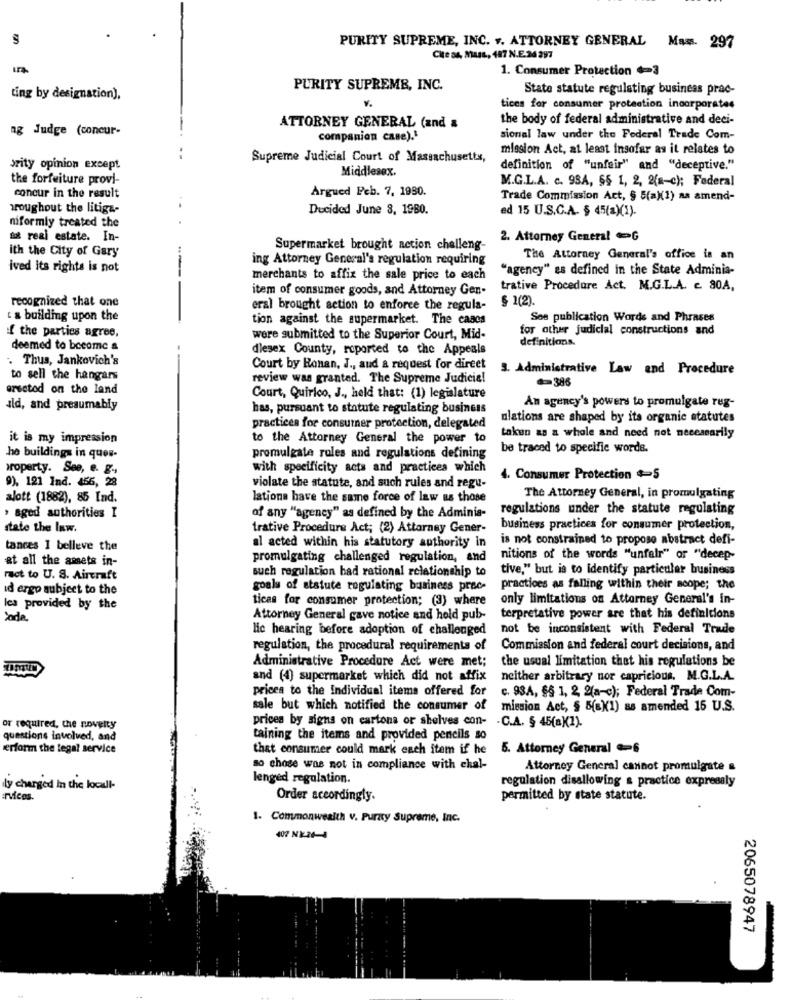
PURITY SUPREME, INC. .. ATTORNEY GENERAL Mas. 297
Cite as, Muss, 487 N.E.24 297
1. Consumer Protection $=3
PURITY SUPREME, INC.
State statute regulating business prac-
ting by designation),
%
tices for consumer protection incorporates
the body of federal administrative and deci-
ag Judge (concur-
ATTORNEY GENERAL (and &
companion case).'
sional law under the Federal Trade Com-
mission Act, at least insofar as it relates to
Supreme Judicial Court of Massachusetts,
szity opinion except
Middlesex.
definition of "unfair" and "deceptive."
the forfeiture provi-
M.G.L.A. c. 98A, §§ 1, 2, 2(8-c); Federal
Argued Peb. 7, 1980.
concur in the result
Trade Commission Act, § 5(a)(1) as amend-
aroughout the litiga-
Decided June 8, 1980.
ed 15 U.S.C.A. § 45(a)(1).
niformly treated the
sat real estate. In-
2. Attorney General G
ith the City of Gary
Supermarket brought action challeng-
ing Attorney General's regulation requiring
The Attorney General's office is an
ived its rights is not
-
"agency" as defined in the State Adminia-
merchants to affix the sale price to each
item of consumer goods, and Attorney Gen-
trative Procedure Act. M.G.L.A. c. 30A,
recognized that one
§ 1(2)
eral brought action to enforce the regula-
. & building upon the
tion against the supermarket. The cases
See publication Words and Phrases
for other judicial constructions and
if the parties agree,
were submitted to the Superior Court, Mid-
definitions.
deemed to become a
dlesex County, reported to the Appeals
. Thus, Jankovich's
Court by Banan, J ., aud a request for direet
3. Administrative Law end Procedure
to sell the hangars
review was granted. The Supreme Judicial
=386
erected on the land
Court, Quirico, J ., held that: (1) legislature
ild, and presumably
has, pursuant to statute regulating business
An agency's powers to promulgate reg-
ulations are shaped by its organic statutes
practices for consumer protection, delegated
it is my impression
to the Attorney General the power to
takun as a whole and need not necessarily
be traced to specific words.
he buildings in ques-
promulgate rules and regulations defining
property. See, e. g .,
with specificity acts and practices which
9). 121 Ind. 455, 28
4. Consumer Protection $=S
violate the statute, and such rules and regu-
alott (1882), 85 Ind.
lations have the same force of law as those
The Attorney General, in promulgating
regulations under the statute regulating
, aged authorities I
of any "agency" as defined by the Adminis-
state the law.
trative Procedure Act; (2) Attarney Gener-
business practices for consumer protection,
is not constrained to propose abstract defi-
tances I belleve the
al acted within his statutory authority in
at all the assets in-
promulgating challenged regulation, and
nitions of the words "unfair" or "decep-
such regulation had rational relationship to
tive," but is to Identify particular business
ract to U. S. Aircraft
id ergo subject to the
goals of statute regulating business proc-
practices as falling within their scope; the
ticas for consumer protection; (3) where
only limitations on Attorney General's in-
Ica provided by the
Joda
Attorney General gave notice and hold pub-
terpretative power are that his definitions
Hic hearing before adoption of challenged
not be inconsistent with Federal Trade
regulation, the procedural requirements of
Commission and federal court decisions, and
the usual limitation thet his regulations be
Administrative Procedure Act were met;
and (4) supermarket which did not affix
neither arbitrary nor capricious. M.G.L.A.
prices to the Individual items offered for
c. 934, §§ 1, 2, 2(a-c); Federal Trade Com-
sale but which notified the consumer of
mission Act, § 5(a)(1) as amended 16 U.S.
prices by signs on cartons or shelves con-
or required, the novelty
.C.A. § 45(a)(1).
questions involved, and
taining the items and provided pencils so
verform the legal service
that consumer could mark each item if he
5. Attorney General 6
so chose was not in compliance with chal-
Attorney General cannot promulgate &
lenged regulation.
ly charged In the local-
regulation disallowing & practice expressly
Ervices.
Order accordingly.
permitted by state statute.
1. Commonwealth v. Purzy Supreme, Inc.
407 -2-24-4
2065078947